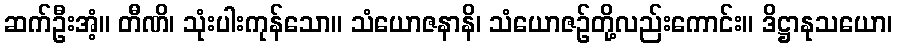
ဆက်ဦးအံ့။ တီဏိ၊ သုံးပါးကုန်သော။ သံယောဇနာနိ၊ သံယောဇဉ်တို့လည်းကောင်း။ ဒိဋ္ဌာနုသယော၊